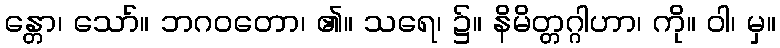
န္တော၊ သော်။ ဘဂဝတော၊ ၏။ သရေ၊ ၌။ နိမိတ္တဂ္ဂါဟာ၊ ကို။ ဝါ၊ မှ။